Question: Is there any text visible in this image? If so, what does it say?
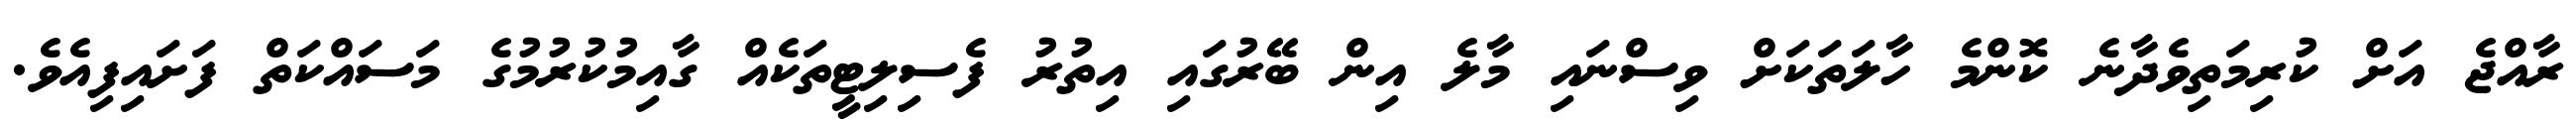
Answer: ރާއްޖެ އަށް ކުރިމަތިވެދާނެ ކޮންމެ ހާލަތަކަށް ވިސްނައި މާލެ އިން ބޭރުގައި އިތުރު ފެސިލިޓީތަކެއް ގާއިމުކުރުމުގެ މަސައްކަތް ފަށައިފިއެވެ.